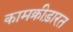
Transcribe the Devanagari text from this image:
कामक्रीड़ारत